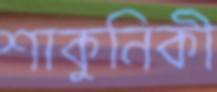
শাকুনিকী